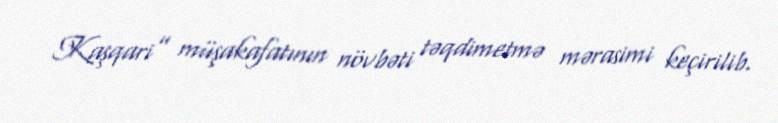
Kaşqari” müşakafatının növbəti təqdimetmə mərasimi keçirilib.